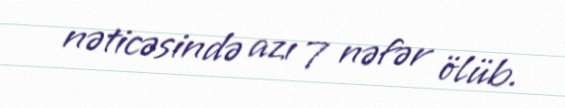
nəticəsində azı 7 nəfər ölüb.